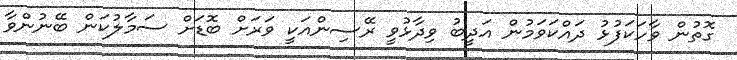
ގޮތުން ވާހަކަފުޅު ދައްކަވަމުން އަދީބު ވިދާޅުވީ ރޭސިންއަކީ ވަރަށް ބޮޑަށް ސަމާލުކަން ބޭނުންވާ